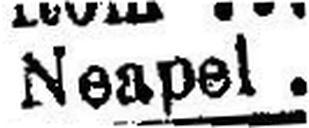
Neapel